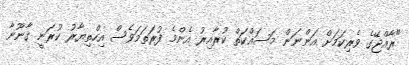
"ރާއްޖޭގެ ވެރިކަމަށް އަންނަން މަސައްކަތް ކުރާއިރު އެންމެ ފުރަތަމަވެސް އިހްތިޔާރު ކުރަނީ ޤާނޫނާ